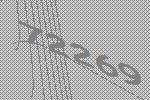
72269